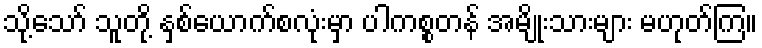
သို့သော် သူတို့ နှစ်ယောက်စလုံးမှာ ပါကစ္စတန် အမျိုးသားများ မဟုတ်ကြ။